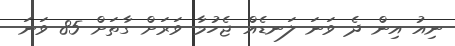
ނިއު އިން ދެ ވަނަ ލަނޑެއް ޖެހުމާ ވަރަށް ގާތަށް 85 ވަނަ